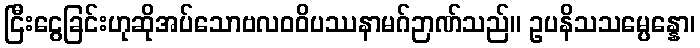
ငြီးငွေခြင်းဟုဆိုအပ်သောဗလဝဝိပဿနာမဂ်ဉာဏ်သည်။ ဥပနိသသမ္ပေန္နော၊